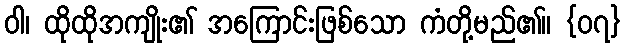
ဝါ၊ ထိုထိုအကျိုး၏ အကြောင်းဖြစ်သော ကံတို့မည်၏။ {၀၇}